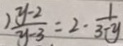
) \frac { y - 2 } { y - 3 } = 2 \cdot \frac { 1 } { 3 - y }